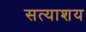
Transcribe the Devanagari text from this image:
सत्याशय